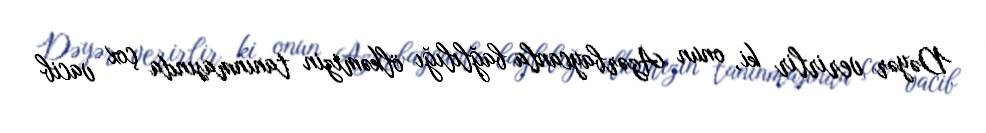
Dəyər verirlir ki, onun Azərbaycanla bağlılığı ölkəmizin tanınmasında çox vacib